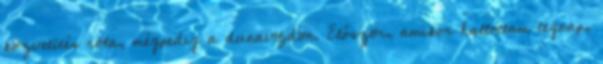
közvetítés róla, mégpedig a dunavöjdön. Először, amikor hallottam tegnap,